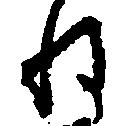
ね